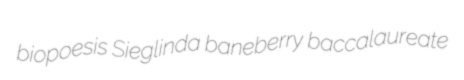
biopoesis Sieglinda baneberry baccalaureate